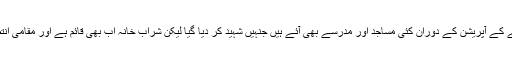
انہوں نے کہا کہ گجر نالے کی حدود میں تجاوزات کے خاتمے کے آپریشن کے دوران کئی مساجد اور مدرسے بھی آئے ہیں جنہیں شہید کر دیا گیا لیکن شراب خانہ اب بھی قائم ہے اور مقامی انتظامیہ اور پولیس اس کے خلاف کاروائی کر نے پر تیار نہیں ۔